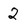
Character: 2